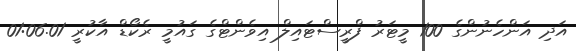
އަދި އަންހެނުންގެ 100 މީޓަރު ފްރީސްޓައިލް އިވެންޓްގެ ގައުމީ ރެކޯޑް އާކުރީ 01:06.01